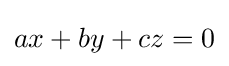
ax+by+cz=0